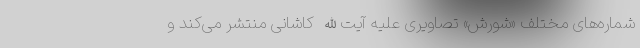
شماره‌های مختلف «شورش» تصاویری علیه آیت‌الله کاشانی منتشر می‌کند و